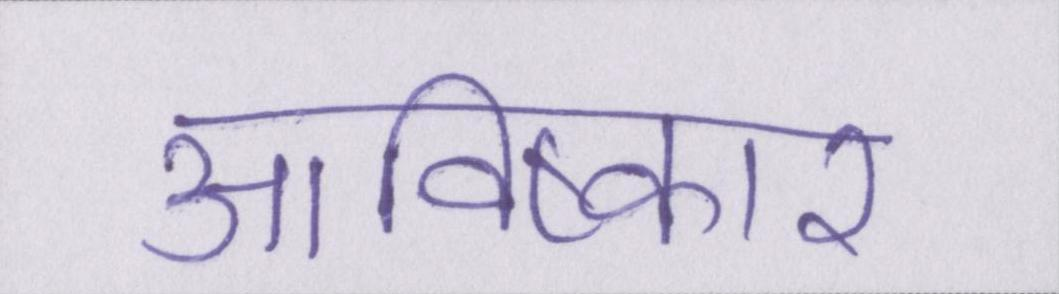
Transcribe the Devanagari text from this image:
आविष्कार